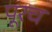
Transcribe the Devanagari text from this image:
पूरच